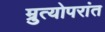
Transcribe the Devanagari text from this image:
म्रुत्योपरांत